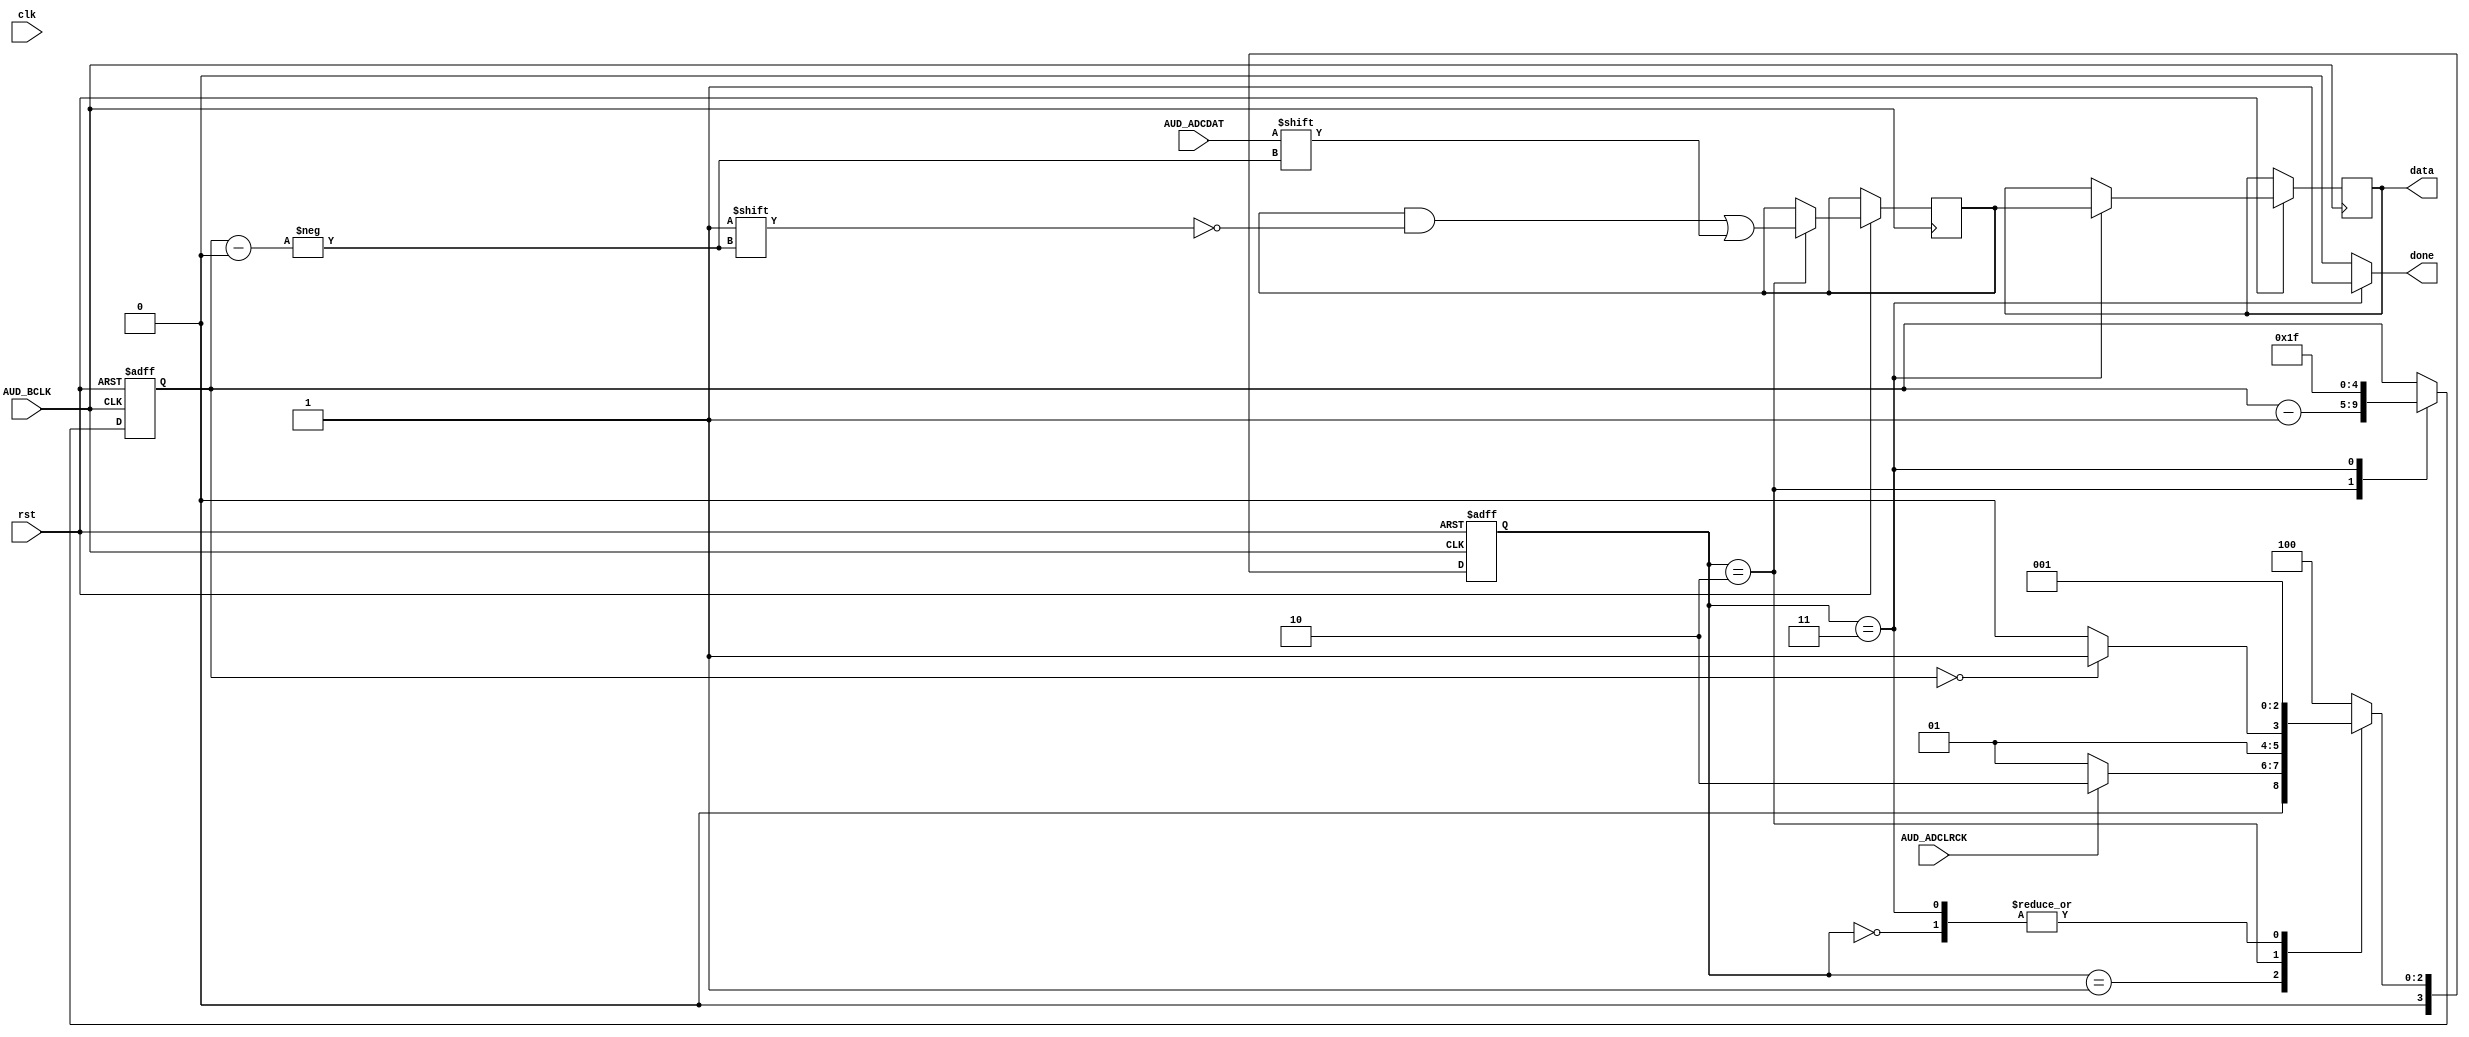
//Created by Austyn Larkin 2016
//All rights reserved

module AudioADC(
input clk,//50Mhz
input rst,//reset
input AUD_BCLK,//Audio chip clock
input AUD_ADCLRCK,//Will go high when ready for data.
input AUD_ADCDAT,//The data to receive on each pulse

output reg done,//Pulses high on done
output reg [31:0]data//The full data we want to send.
);

initial data = 32'd0;


parameter 
START = 4'd0,
WAIT = 4'd1,
BITS = 4'd2,
DONE = 4'd3,
BAD = 4'd4;

reg [3:0]s;
reg [3:0]ns;


//The current bit we're receiving
reg [4:0]countADCBits;
initial countADCBits = 5'd31;
reg [31:0]tempData;


always @ (posedge AUD_BCLK or negedge rst)
begin
	if(rst == 0)
		begin
			s <= START;
			countADCBits <= 5'd31;
		end
	else
		begin
			s <= ns;
			
			case(s)
				
				BITS:
					begin
						countADCBits <= countADCBits - 5'd1;
						tempData[countADCBits] <= AUD_ADCDAT;
					end	
				DONE:
					begin
						countADCBits <= 5'd31;
						
						data <= tempData;
					end
			
			endcase
		end
end


always @ (*)
begin
	done = 1'b0;

	case (s)
		START:
			begin
				ns = WAIT;
				
			end
		WAIT:
			begin
				ns = WAIT;
			
				if(AUD_ADCLRCK == 1)
					ns = BITS;
			end
		BITS:
			begin
				ns = BITS;
				//data[countADCBits] = AUD_ADCDAT;
			
				if(countADCBits == 0)
					ns = DONE;
			end
		DONE:
			begin
				//This will pulse done high for one cycle.
				done = 1'b1;
				
				ns = WAIT;
			end
		BAD:
			begin
				ns = BAD;
			end
		default:
			begin
				ns = BAD;
			end
	endcase
end



endmodule